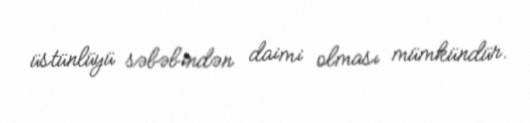
üstünlüyü səbəbindən daimi olması mümkündür.